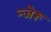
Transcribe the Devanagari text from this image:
न्जेरू